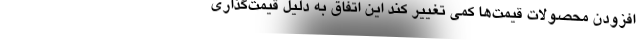
افزودن محصولات قیمت‌ها کمی تغییر کند این اتفاق به دلیل قیمت‌گذاری